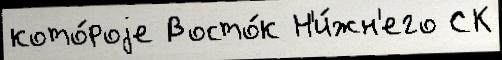
кото́роjе Восто́к Н'и́жн'его СК